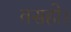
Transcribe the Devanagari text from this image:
वसहो।